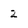
Character: 2